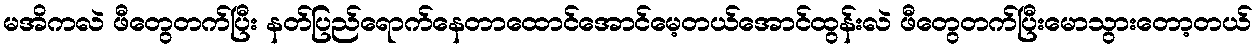
မအိကလဲ ဖီတွေတက်ပြီး နတ်ပြည်ရောက်နေတာထောင်အောင်မေ့တယ်အောင်ထွန်းလဲ ဖီတွေတက်ပြီးမောသွားတော့တယ်